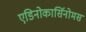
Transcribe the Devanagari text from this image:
एडिनोकार्सिनोमस